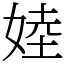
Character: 㛬